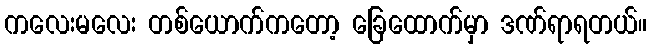
ကလေးမလေး တစ်ယောက်ကတော့ ခြေထောက်မှာ ဒဏ်ရာရတယ်။